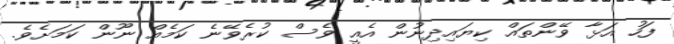
ފަހު އަޅާ ވޭންތައް ކިޔައިދިނުން އެއީ ވެސް ކުރެވޭނެ ކަމެއް ނޫން ކަމަށެވެ.